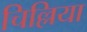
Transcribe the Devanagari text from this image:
चिल्लिया